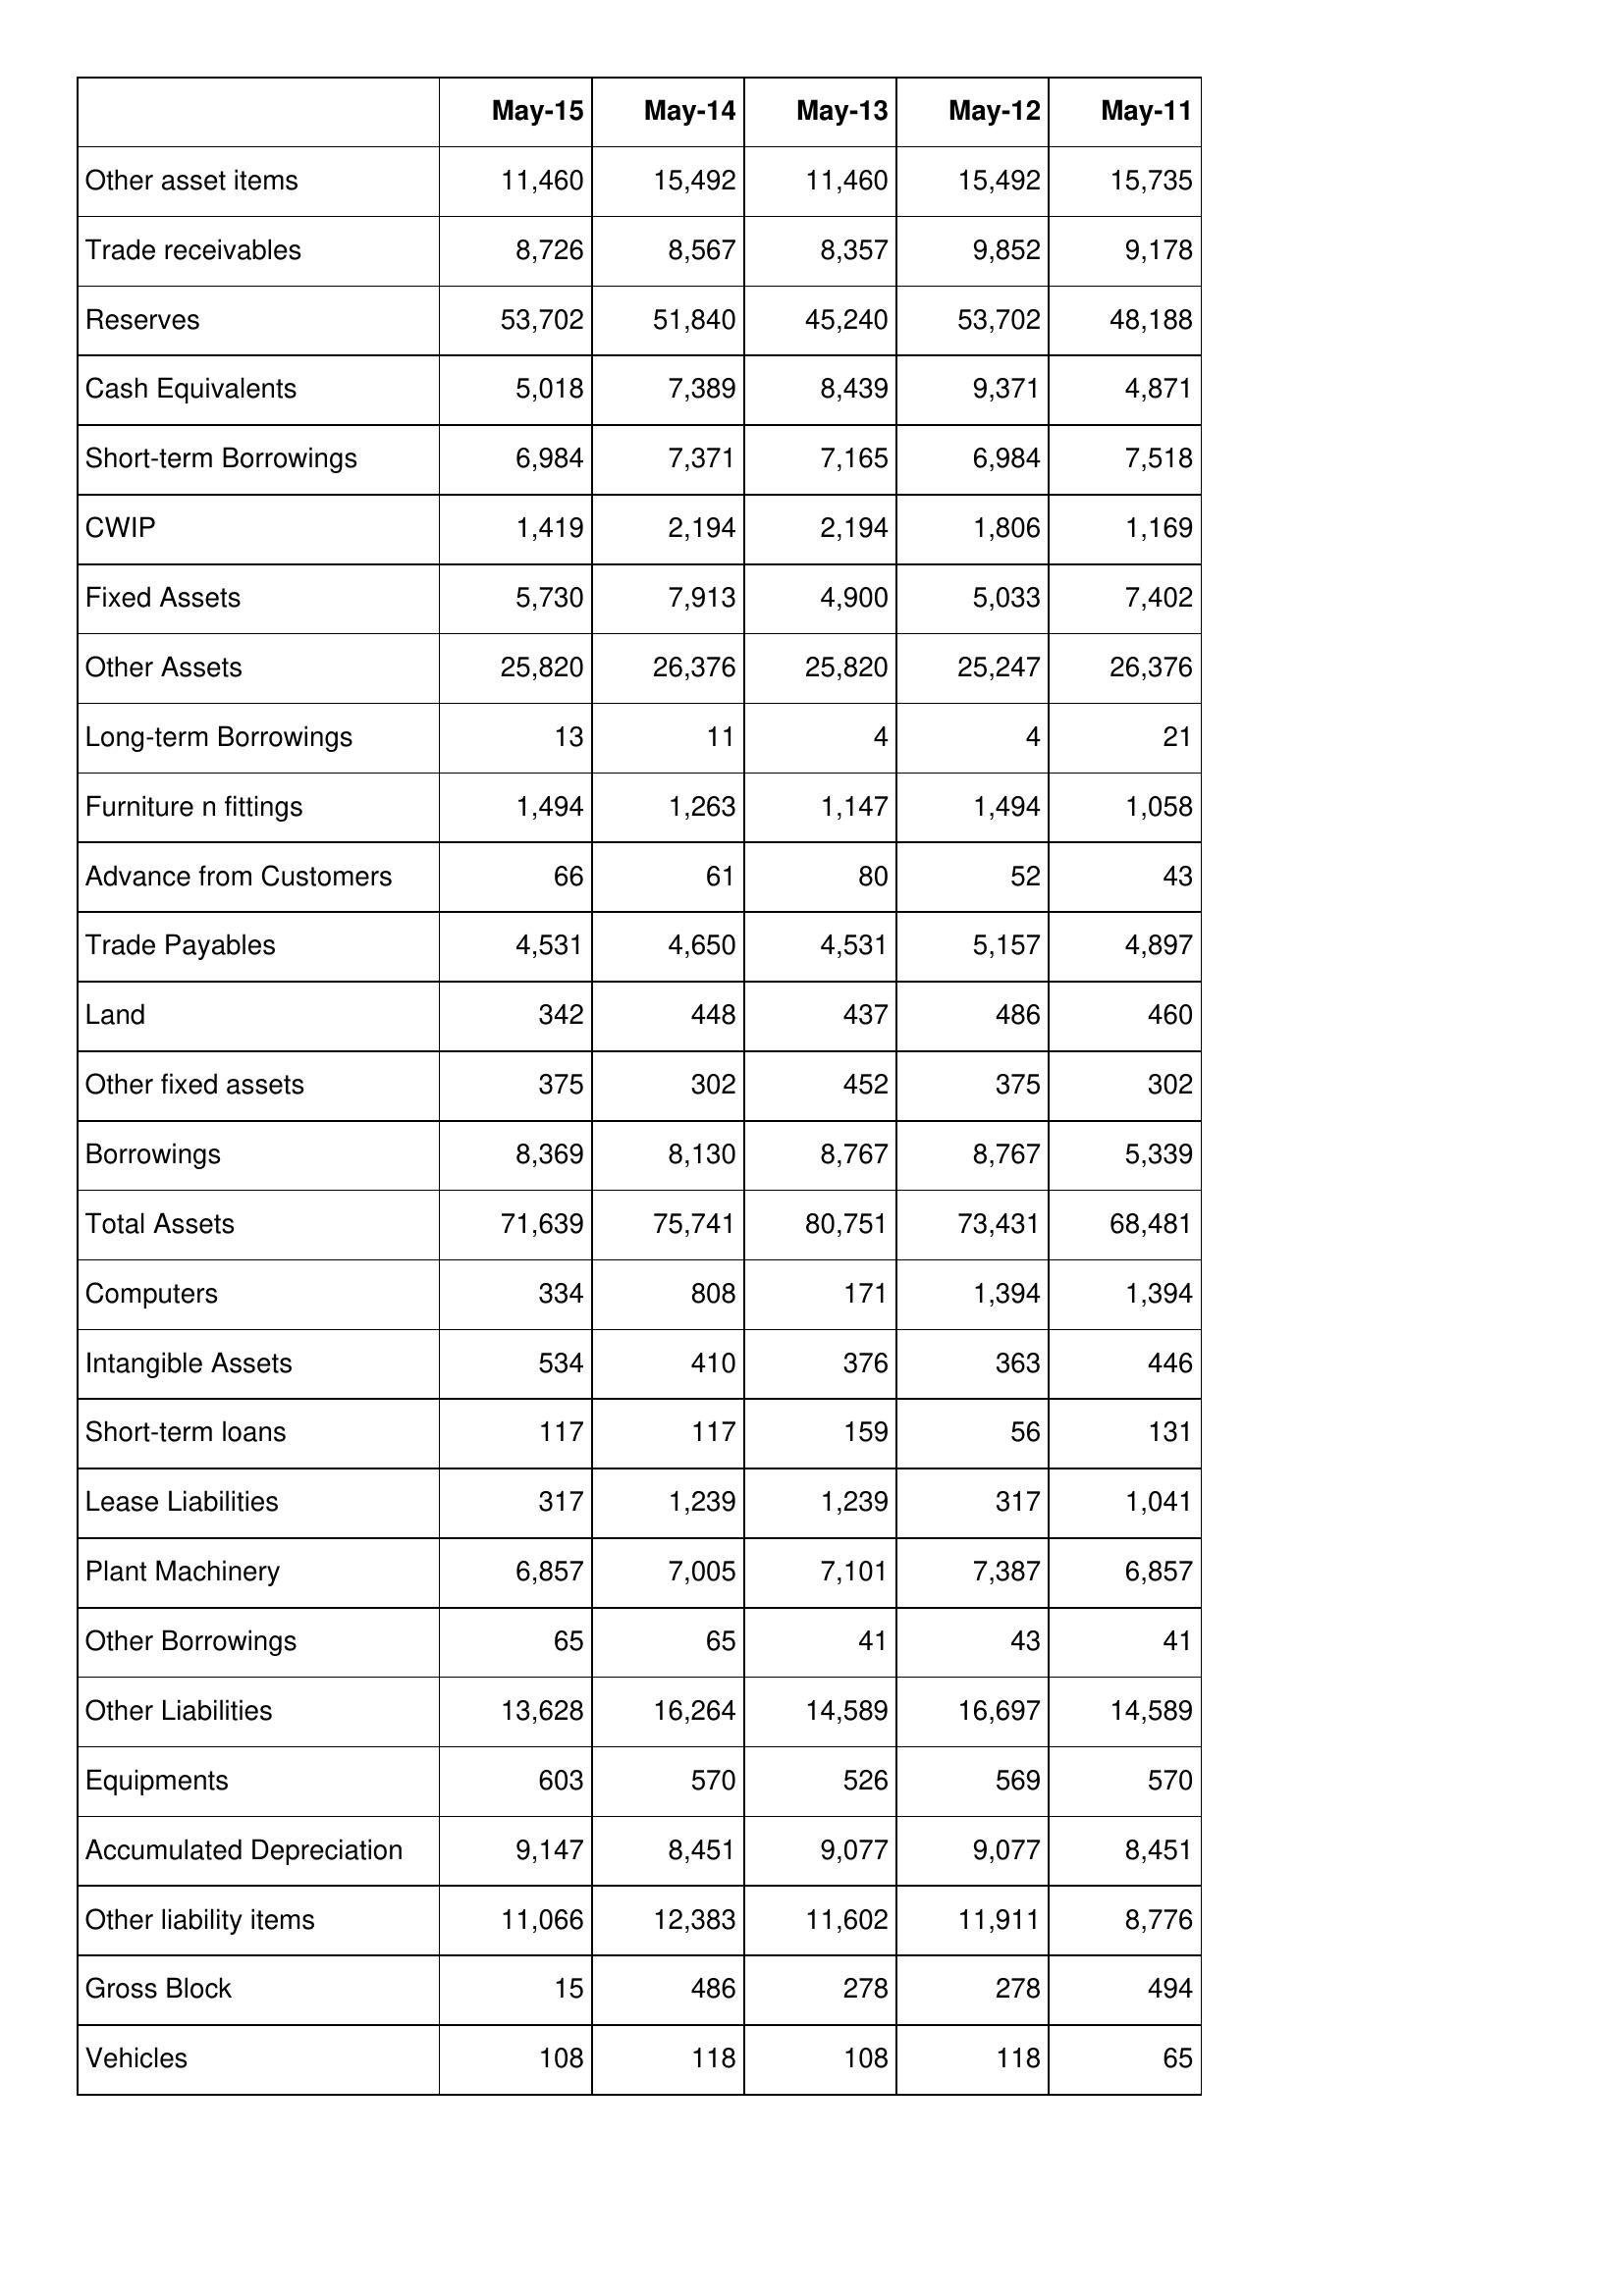
May-15: Balance Sheet: Other asset items: 11,460
Trade receivables: 8,726
Reserves: 53,702
Cash Equivalents: 5,018
Short-term Borrowings: 6,984
CWIP: 1,419
Fixed Assets: 5,730
Other Assets: 25,820
Long-term Borrowings: 13
Furniture n fittings: 1,494
Advance from Customers: 66
Trade Payables: 4,531
Land: 342
Other fixed assets: 375
Borrowings: 8,369
Total Assets: 71,639
Computers: 334
Intangible Assets: 534
Short-term loans: 117
Lease Liabilities: 317
Plant Machinery: 6,857
Other Borrowings: 65
Other Liabilities: 13,628
Equipments: 603
Accumulated Depreciation: 9,147
Other liability items: 11,066
Gross Block: 15
Vehicles: 108
May-14: Balance Sheet: Other asset items: 15,492
Trade receivables: 8,567
Reserves: 51,840
Cash Equivalents: 7,389
Short-term Borrowings: 7,371
CWIP: 2,194
Fixed Assets: 7,913
Other Assets: 26,376
Long-term Borrowings: 11
Furniture n fittings: 1,263
Advance from Customers: 61
Trade Payables: 4,650
Land: 448
Other fixed assets: 302
Borrowings: 8,130
Total Assets: 75,741
Computers: 808
Intangible Assets: 410
Short-term loans: 117
Lease Liabilities: 1,239
Plant Machinery: 7,005
Other Borrowings: 65
Other Liabilities: 16,264
Equipments: 570
Accumulated Depreciation: 8,451
Other liability items: 12,383
Gross Block: 486
Vehicles: 118
May-13: Balance Sheet: Other asset items: 11,460
Trade receivables: 8,357
Reserves: 45,240
Cash Equivalents: 8,439
Short-term Borrowings: 7,165
CWIP: 2,194
Fixed Assets: 4,900
Other Assets: 25,820
Long-term Borrowings: 4
Furniture n fittings: 1,147
Advance from Customers: 80
Trade Payables: 4,531
Land: 437
Other fixed assets: 452
Borrowings: 8,767
Total Assets: 80,751
Computers: 171
Intangible Assets: 376
Short-term loans: 159
Lease Liabilities: 1,239
Plant Machinery: 7,101
Other Borrowings: 41
Other Liabilities: 14,589
Equipments: 526
Accumulated Depreciation: 9,077
Other liability items: 11,602
Gross Block: 278
Vehicles: 108
May-12: Balance Sheet: Other asset items: 15,492
Trade receivables: 9,852
Reserves: 53,702
Cash Equivalents: 9,371
Short-term Borrowings: 6,984
CWIP: 1,806
Fixed Assets: 5,033
Other Assets: 25,247
Long-term Borrowings: 4
Furniture n fittings: 1,494
Advance from Customers: 52
Trade Payables: 5,157
Land: 486
Other fixed assets: 375
Borrowings: 8,767
Total Assets: 73,431
Computers: 1,394
Intangible Assets: 363
Short-term loans: 56
Lease Liabilities: 317
Plant Machinery: 7,387
Other Borrowings: 43
Other Liabilities: 16,697
Equipments: 569
Accumulated Depreciation: 9,077
Other liability items: 11,911
Gross Block: 278
Vehicles: 118
May-11: Balance Sheet: Other asset items: 15,735
Trade receivables: 9,178
Reserves: 48,188
Cash Equivalents: 4,871
Short-term Borrowings: 7,518
CWIP: 1,169
Fixed Assets: 7,402
Other Assets: 26,376
Long-term Borrowings: 21
Furniture n fittings: 1,058
Advance from Customers: 43
Trade Payables: 4,897
Land: 460
Other fixed assets: 302
Borrowings: 5,339
Total Assets: 68,481
Computers: 1,394
Intangible Assets: 446
Short-term loans: 131
Lease Liabilities: 1,041
Plant Machinery: 6,857
Other Borrowings: 41
Other Liabilities: 14,589
Equipments: 570
Accumulated Depreciation: 8,451
Other liability items: 8,776
Gross Block: 494
Vehicles: 65